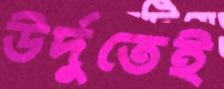
উর্দুতেই